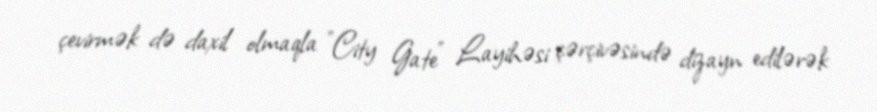
çevirmək də daxil olmaqla "City Gate" Layihəsi çərçivəsində dizayn edilərək